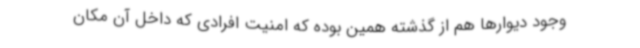
وجود دیوارها هم از گذشته همین بوده که امنیت افرادی که داخل آن مکان